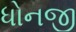
ધોનજી